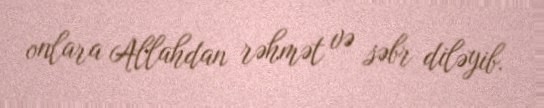
onlara Allahdan rəhmət və səbr diləyib.